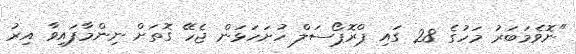
"ނޮވެމަބަރު މަހުގެ 28 ގައި ޕްރޮޕޯސަލް ހުށަހަޅަން ޖެހޭ ގޮތަށް ނިންމާފައިވާ އިރު